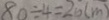
8 0 \div 4 = 2 6 ( m )